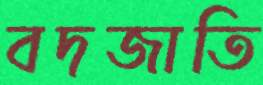
বদজাতি